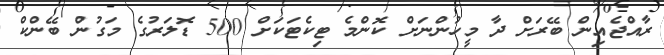
ރާއްޖެއިން ބޭރަށް ދާ މީހުންނަށް ކޮންމެ ޓިކެޓަކަށް 500 ޑޮލަރުގެ މަގުން ބޭންކް